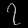
Digit: ၇